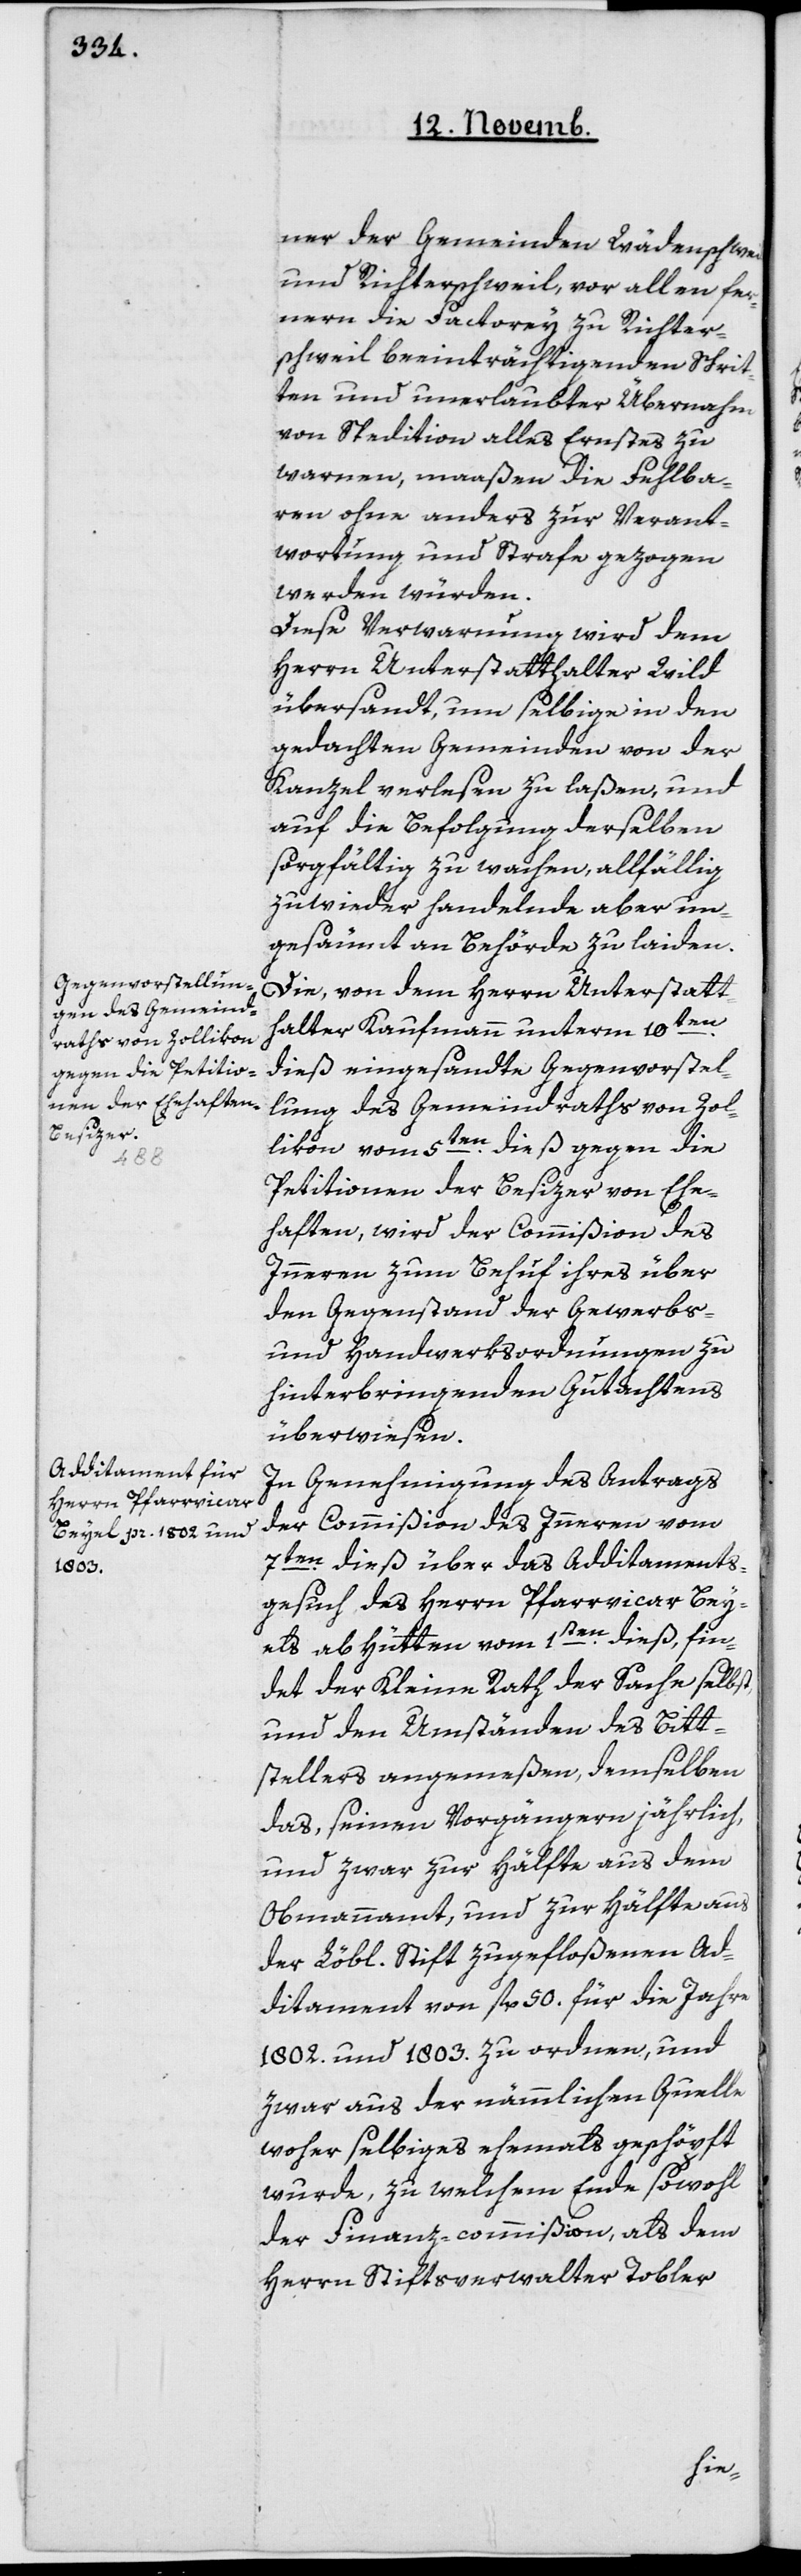
ner der Gemeinde Wädenschweil
und Richterschweil, vor allen fer¬
neren die Factorey zu Richter¬
schweil beeinträchtigenden Schrit¬
ten und unerlaubter Übernahme
von Spedition alles Ernstes zu
warnen, maaßen die Fehlba¬
ren ohne anders zu Verant¬
wortung und Strafe gezogen
werden würden.
Diese Verwarnung wird dem
Herrn Unterstatthalter Wild
übersandt, um selbige in den
gedachten Gemeinden von der
Kanzel verlesen zu laßen, und
auf die Befolgung derselben
sorgfältig zu wachen, allfällig
zuwieder Handelnde aber un¬
gesäumt an Behörde zu laiden.
Die, von dem Herrn Unterstatt¬
halter Kaufmann unterm 10ten
dieß eingesandte Gegenvorstel¬
lung des Gemeindraths von Zol¬
likon vom 5ten dieß gegen die
Petitionen der Besizer von Ehe¬
haften, wird der Commißion des
Inneren zum Behuf ihres über
den Gegenstand der Gewerbs-
und Handwerksordnungen zu
hinterbringenden Gutachtens
überwiesen.
In Genehmigung des Antrags
der Commißion des Inneren vom
7ten dieß über das Additaments¬
gesuch des Herrn Pfarrvicar Bey¬
els ab Hütten vom 1ten dieß, fin¬
det der Kleine Rath der Sache selbst,
und den Umständen des Bitt¬
stellers angemeßen, demselben
das, seinen Vorgängern jährlich
und zwar zur Hälfte aus dem
Obmannamt, und zur Hälfte aus
der Löbl. Stift zugefloßenen Ad¬
ditament von fl. 50 für die Jahre
1802 und 1803 zu ordnen, und
zwar aus der nämmlichen Quelle,
woher selbiges ehemals geschöpft
wurde, zu welchem Ende sowohl
der Finanz-commißion als dem
Herrn Stiftsverwalter Tobler